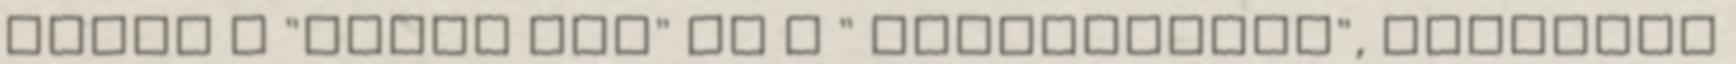
pálya a "plein sud" és a " pluviometre", melyeket